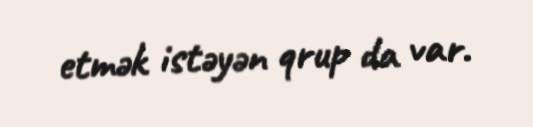
etmək istəyən qrup da var.